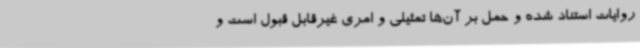
روایات استناد شده و حمل بر آن‌ها تمثیلی و امری غیرقابل قبول است و